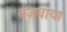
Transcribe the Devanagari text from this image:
बजवाया